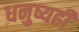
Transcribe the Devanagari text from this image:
धनुष्यही